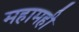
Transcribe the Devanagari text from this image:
महामही